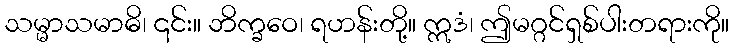
သမ္မာသမာဓိ၊ ၎င်း။ ဘိက္ခဝေ၊ ရဟန်းတို့။ ဣဒံ၊ ဤမဂ္ဂင်ရှစ်ပါးတရားကို။